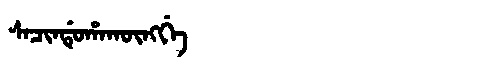
Manchu: ᠰᠠᠴᡳᠨᡩᡠᡥᠠᡴᡡᠩᡤᡝ
Romanization: SACINDUHAKŪNGGE